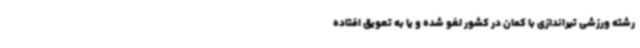
رشته ورزشی تیراندازی با کمان در کشور لغو شده و یا به تعویق افتاده